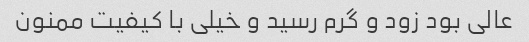
عالی بود زود و گرم رسید و خیلی با کیفیت ممنون